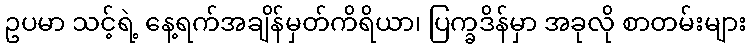
ဥပမာ သင့်ရဲ့ နေ့ရက်အချိန်မှတ်ကိရိယာ၊ ပြက္ခဒိန်မှာ အခုလို စာတမ်းများ